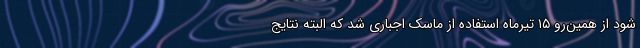
شود از همین‌رو ۱۵ تیرماه استفاده از ماسک اجباری شد که البته نتایج